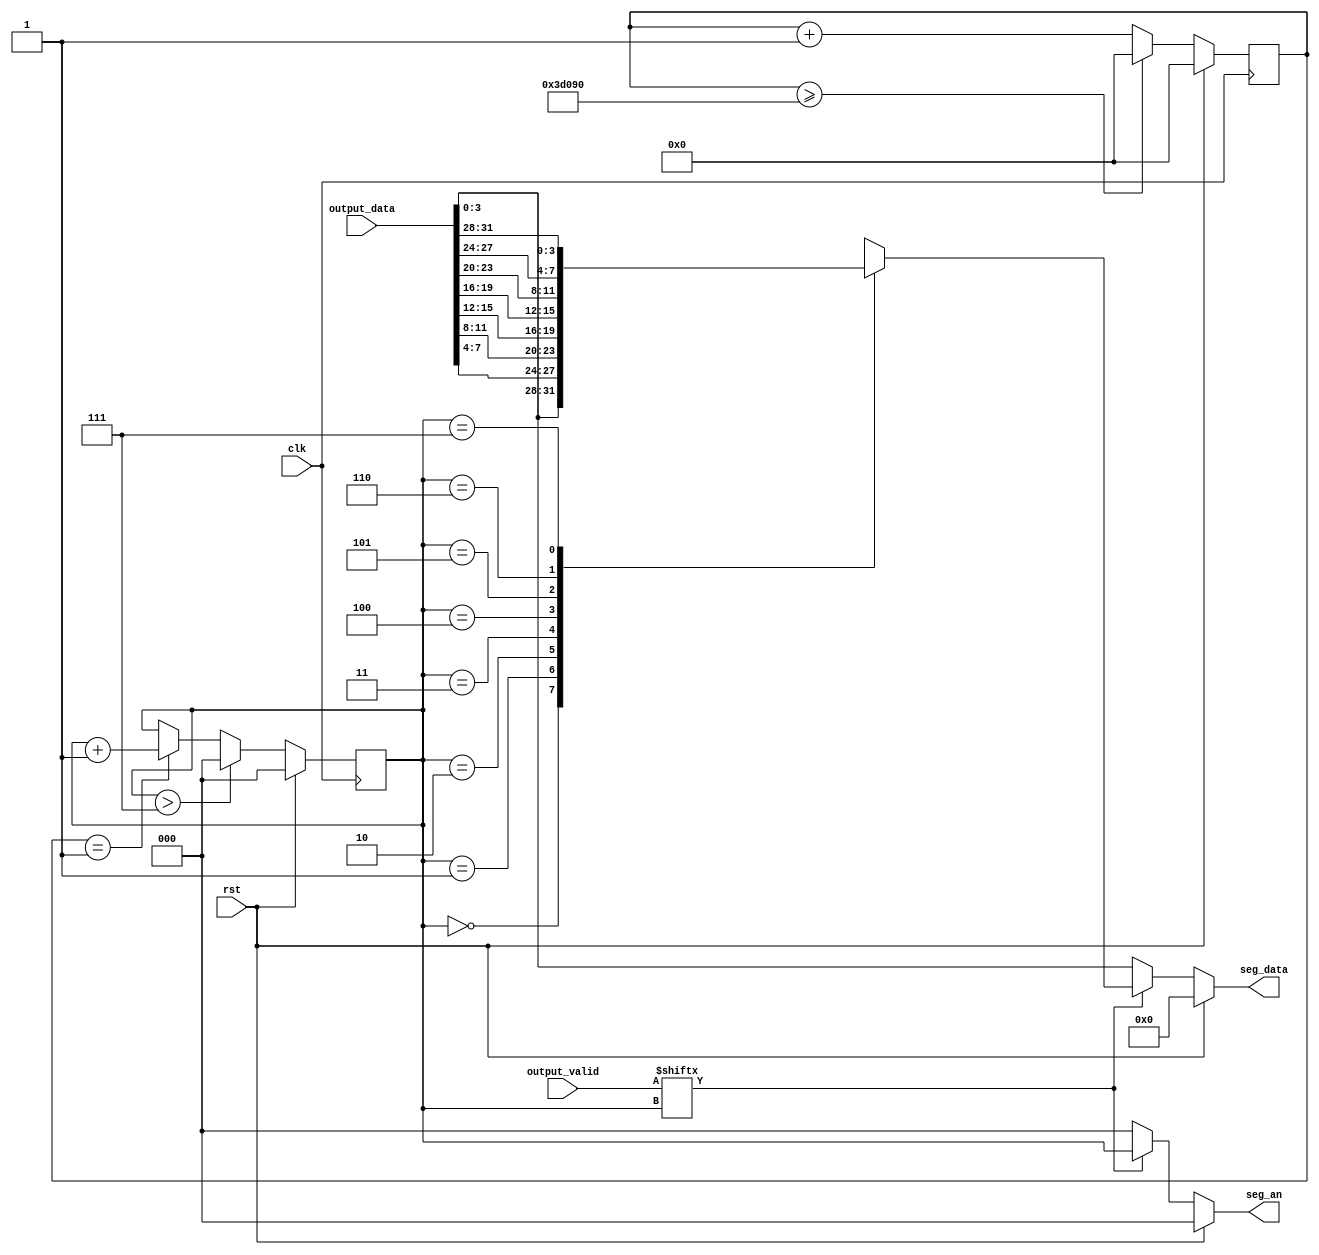
module Segment_pro(
    input                       clk,
    input                       rst,
    input       [31:0]          output_data,
    input       [ 7:0]          output_valid,
    output reg  [ 3:0]          seg_data,
    output reg  [ 2:0]          seg_an
);

reg [31:0] counter;
always @(posedge clk) begin
    if(rst)
        counter <= 0;
    else begin
        if(counter >= 250_000)
            counter <= 0;
        else
            counter <= counter + 32'd1;
    end
end

reg [2:0] seg_id;
always @(posedge clk) begin
    if(rst)
        seg_id <= 0;
    else begin
        if(seg_id > 7)
            seg_id <= 0;
        else if(counter == 1)
            seg_id <= seg_id + 2'd1;
    end
end
wire [31:0] output_data;
always @(*) begin
    seg_data = 0;
    if(rst)begin
        seg_an = 0;
        seg_data = 0;
    end
    else begin

        case (seg_id)
            0: seg_data = output_data[3:0];
            1: seg_data = output_data[7:4];
            2: seg_data = output_data[11:8];
            3: seg_data = output_data[15:12];
            4: seg_data = output_data[19:16];
            5: seg_data = output_data[23:20];
            6: seg_data = output_data[27:24];
            7: seg_data = output_data[31:28];
            default: seg_data = 4'b0000; 
        endcase
        if(!output_valid[seg_id])begin
            seg_an = 0;
            seg_data = output_data[3:0];
        end
        else 
            seg_an = seg_id;
    end     
end
endmodule